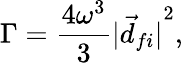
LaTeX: \Gamma={\frac{4\omega^{3}}{3}}{|{\vec{d}}_{fi}|}^{2},